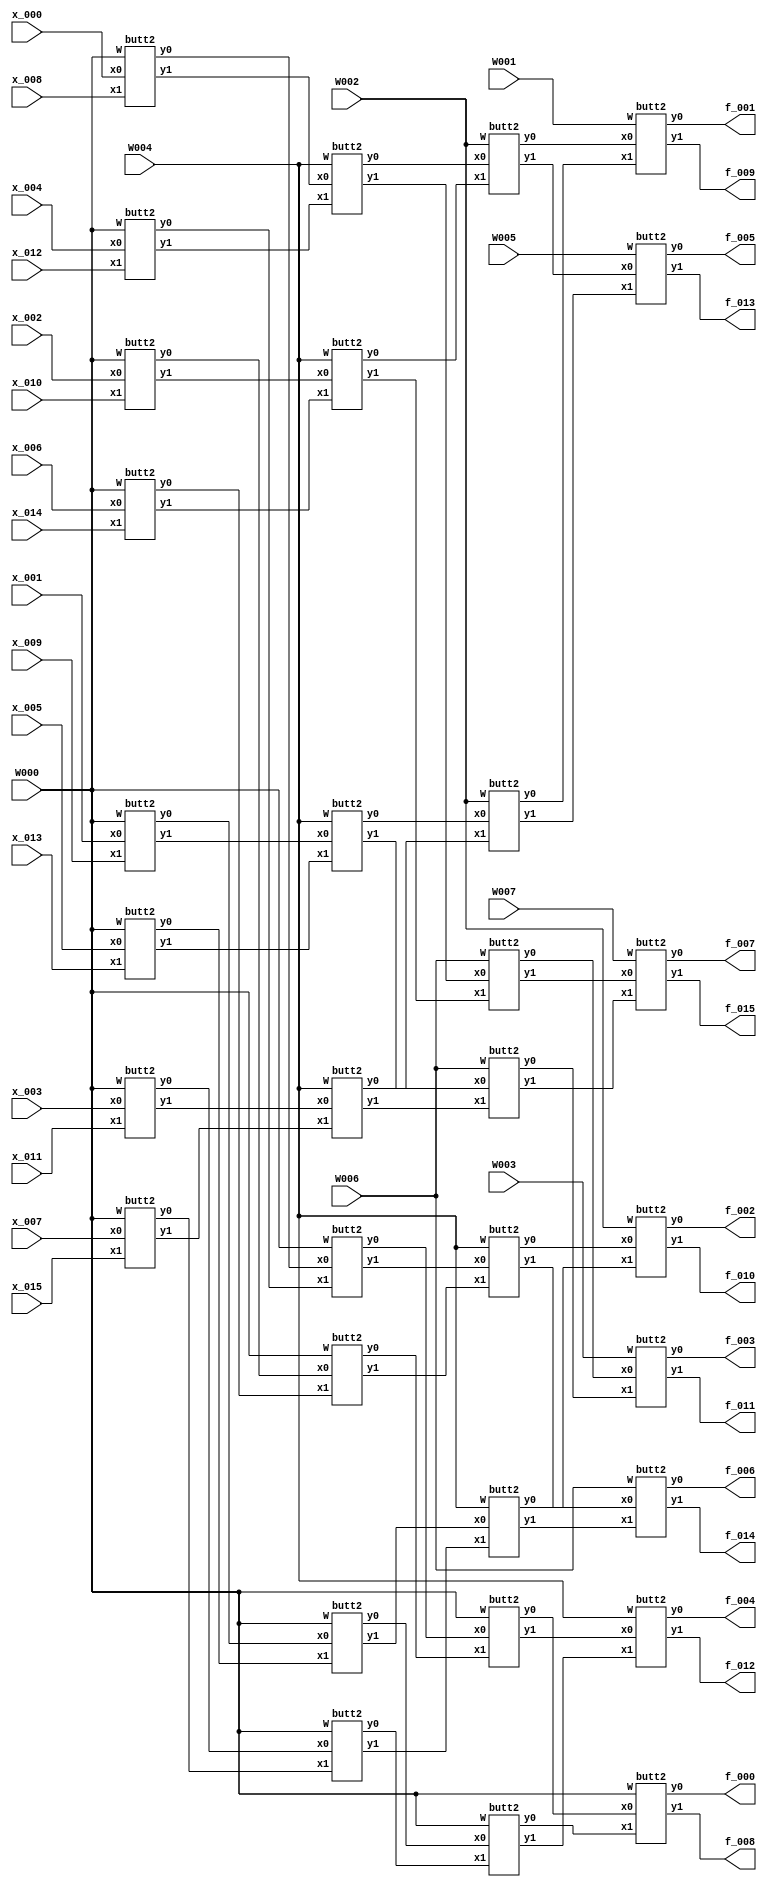
module fft016(
	f_000,f_001,f_002,f_003,f_004,f_005,f_006,f_007,f_008,f_009,
	f_010,f_011,f_012,f_013,f_014,f_015,
	x_000,x_001,x_002,x_003,x_004,x_005,x_006,x_007,x_008,x_009,
	x_010,x_011,x_012,x_013,x_014,x_015,
	W000,W001,W002,W003,W004,W005,W006,W007);
output [31:0] 
	f_000,f_001,f_002,f_003,f_004,f_005,f_006,f_007,f_008,f_009,
	f_010,f_011,f_012,f_013,f_014,f_015;
input [31:0] 
	x_000,x_001,x_002,x_003,x_004,x_005,x_006,x_007,x_008,x_009,
	x_010,x_011,x_012,x_013,x_014,x_015;
input [31:0] 
	W000,W001,W002,W003,W004,W005,W006,W007;
wire [31:0]
	x_00_000,x_00_001,x_00_002,x_00_003,x_00_004,x_00_005,x_00_006,x_00_007,x_00_008,x_00_009,
	x_00_010,x_00_011,x_00_012,x_00_013,x_00_014,x_00_015,
	x_01_000,x_01_001,x_01_002,x_01_003,x_01_004,x_01_005,x_01_006,x_01_007,x_01_008,x_01_009,
	x_01_010,x_01_011,x_01_012,x_01_013,x_01_014,x_01_015,
	x_02_000,x_02_001,x_02_002,x_02_003,x_02_004,x_02_005,x_02_006,x_02_007,x_02_008,x_02_009,
	x_02_010,x_02_011,x_02_012,x_02_013,x_02_014,x_02_015,
	x_03_000,x_03_001,x_03_002,x_03_003,x_03_004,x_03_005,x_03_006,x_03_007,x_03_008,x_03_009,
	x_03_010,x_03_011,x_03_012,x_03_013,x_03_014,x_03_015,
	x_04_000,x_04_001,x_04_002,x_04_003,x_04_004,x_04_005,x_04_006,x_04_007,x_04_008,x_04_009,
	x_04_010,x_04_011,x_04_012,x_04_013,x_04_014,x_04_015;
assign x_00_000 = x_000;
assign x_00_001 = x_001;
assign x_00_002 = x_002;
assign x_00_003 = x_003;
assign x_00_004 = x_004;
assign x_00_005 = x_005;
assign x_00_006 = x_006;
assign x_00_007 = x_007;
assign x_00_008 = x_008;
assign x_00_009 = x_009;
assign x_00_010 = x_010;
assign x_00_011 = x_011;
assign x_00_012 = x_012;
assign x_00_013 = x_013;
assign x_00_014 = x_014;
assign x_00_015 = x_015;
assign x_00_000 = x_000;
assign x_00_001 = x_001;
assign x_00_002 = x_002;
assign x_00_003 = x_003;
assign x_00_004 = x_004;
assign x_00_005 = x_005;
assign x_00_006 = x_006;
assign x_00_007 = x_007;
assign x_00_008 = x_008;
assign x_00_009 = x_009;
assign x_00_010 = x_010;
assign x_00_011 = x_011;
assign x_00_012 = x_012;
assign x_00_013 = x_013;
assign x_00_014 = x_014;
assign x_00_015 = x_015;
butt2 xx_00_000( .x0(x_00_000), .x1(x_00_008), .y0(x_01_000), .y1(x_01_008), .W(W000) );
butt2 xx_00_001( .x0(x_00_004), .x1(x_00_012), .y0(x_01_004), .y1(x_01_012), .W(W000) );
butt2 xx_00_002( .x0(x_00_002), .x1(x_00_010), .y0(x_01_002), .y1(x_01_010), .W(W000) );
butt2 xx_00_003( .x0(x_00_006), .x1(x_00_014), .y0(x_01_006), .y1(x_01_014), .W(W000) );
butt2 xx_00_004( .x0(x_00_001), .x1(x_00_009), .y0(x_01_001), .y1(x_01_009), .W(W000) );
butt2 xx_00_005( .x0(x_00_005), .x1(x_00_013), .y0(x_01_005), .y1(x_01_013), .W(W000) );
butt2 xx_00_006( .x0(x_00_003), .x1(x_00_011), .y0(x_01_003), .y1(x_01_011), .W(W000) );
butt2 xx_00_007( .x0(x_00_007), .x1(x_00_015), .y0(x_01_007), .y1(x_01_015), .W(W000) );
butt2 xx_01_000( .x0(x_01_000), .x1(x_01_004), .y0(x_02_000), .y1(x_02_004), .W(W000) );
butt2 xx_01_001( .x0(x_01_008), .x1(x_01_012), .y0(x_02_008), .y1(x_02_012), .W(W004) );
butt2 xx_01_002( .x0(x_01_002), .x1(x_01_006), .y0(x_02_002), .y1(x_02_006), .W(W000) );
butt2 xx_01_003( .x0(x_01_010), .x1(x_01_014), .y0(x_02_010), .y1(x_02_014), .W(W004) );
butt2 xx_01_004( .x0(x_01_001), .x1(x_01_005), .y0(x_02_001), .y1(x_02_005), .W(W000) );
butt2 xx_01_005( .x0(x_01_009), .x1(x_01_013), .y0(x_02_009), .y1(x_02_013), .W(W004) );
butt2 xx_01_006( .x0(x_01_003), .x1(x_01_007), .y0(x_02_003), .y1(x_02_007), .W(W000) );
butt2 xx_01_007( .x0(x_01_011), .x1(x_01_015), .y0(x_02_011), .y1(x_02_015), .W(W004) );
butt2 xx_02_000( .x0(x_02_000), .x1(x_02_002), .y0(x_03_000), .y1(x_03_002), .W(W000) );
butt2 xx_02_001( .x0(x_02_008), .x1(x_02_010), .y0(x_03_008), .y1(x_03_010), .W(W002) );
butt2 xx_02_002( .x0(x_02_004), .x1(x_02_006), .y0(x_03_004), .y1(x_03_006), .W(W004) );
butt2 xx_02_003( .x0(x_02_012), .x1(x_02_014), .y0(x_03_012), .y1(x_03_014), .W(W006) );
butt2 xx_02_004( .x0(x_02_001), .x1(x_02_003), .y0(x_03_001), .y1(x_03_003), .W(W000) );
butt2 xx_02_005( .x0(x_02_009), .x1(x_02_011), .y0(x_03_009), .y1(x_03_011), .W(W002) );
butt2 xx_02_006( .x0(x_02_005), .x1(x_02_007), .y0(x_03_005), .y1(x_03_007), .W(W004) );
butt2 xx_02_007( .x0(x_02_013), .x1(x_02_015), .y0(x_03_013), .y1(x_03_015), .W(W006) );
butt2 xx_03_000( .x0(x_03_000), .x1(x_03_001), .y0(x_04_000), .y1(x_04_001), .W(W000) );
assign f_000 = x_04_000;
assign f_008 = x_04_001;
butt2 xx_03_001( .x0(x_03_008), .x1(x_03_009), .y0(x_04_008), .y1(x_04_009), .W(W001) );
assign f_001 = x_04_008;
assign f_009 = x_04_009;
butt2 xx_03_002( .x0(x_03_004), .x1(x_03_005), .y0(x_04_004), .y1(x_04_005), .W(W002) );
assign f_002 = x_04_004;
assign f_010 = x_04_005;
butt2 xx_03_003( .x0(x_03_012), .x1(x_03_013), .y0(x_04_012), .y1(x_04_013), .W(W003) );
assign f_003 = x_04_012;
assign f_011 = x_04_013;
butt2 xx_03_004( .x0(x_03_002), .x1(x_03_003), .y0(x_04_002), .y1(x_04_003), .W(W004) );
assign f_004 = x_04_002;
assign f_012 = x_04_003;
butt2 xx_03_005( .x0(x_03_010), .x1(x_03_011), .y0(x_04_010), .y1(x_04_011), .W(W005) );
assign f_005 = x_04_010;
assign f_013 = x_04_011;
butt2 xx_03_006( .x0(x_03_006), .x1(x_03_007), .y0(x_04_006), .y1(x_04_007), .W(W006) );
assign f_006 = x_04_006;
assign f_014 = x_04_007;
butt2 xx_03_007( .x0(x_03_014), .x1(x_03_015), .y0(x_04_014), .y1(x_04_015), .W(W007) );
assign f_007 = x_04_014;
assign f_015 = x_04_015;
endmodule
////////////////////////////////////////////////////////////////////////////////////////////////
////////////////////////////////////////////////////////////////////////////////////////////////
module butt2(y0,y1,x0,x1,W);
  input [31:0] x0,x1,W;
  output[31:0] y0,y1;

  wire [31:0] x11;
  
  assign x11 = mulc(x1, W);
  assign y0 = addc( x0, x11 );
  assign y1 = subc( x0, x11 );
  
  function [31:0] addc;
    input [31:0] a, b;
    reg [15:0] yr, yi;
    begin
      yr = a[31:16] + b[31:16];
      yi = a[15:0] + b[15:0];
      addc = {yr, yi};
    end
  endfunction
  function [31:0] subc;
    input [31:0] a, b;
    reg [15:0] yr, yi;
    begin
      yr = a[31:16] - b[31:16];
      yi = a[15:0] - b[15:0];
      subc = {yr, yi};
    end
  endfunction
//  function [31:0] mulc;
//    input [31:0] a, b;
//    reg [15:0] yr, yi;
//    begin
//      yr = a[31:16]*b[31:16] - a[15:0]*b[15:0];
//      yi = a[15:0]*b[31:16] + a[31:16]*b[15:0];
//      mulc = {yr, yi};
//    end
//  endfunction
  function [31:0] mulc;
    input [31:0] a, b;
    reg [31:0] yr1, yr2, yi1, yi2;
    reg [15:0] ar, ai, br, bi, yyr1, yyr2, yyi1, yyi2, yr, yi;
    begin
        if( a[31] == 0 ) ar = a[31:16]; else ar = ~(a[31:16]-1);
        if( a[15] == 0 ) ai = a[15:0]; else ai = ~(a[15:0]-1);
        if( b[31] == 0 ) br = b[31:16]; else br = ~(b[31:16]-1);
        if( b[15] == 0 ) bi = b[15:0]; else bi = ~(b[15:0]-1);


        yr1 = ar * br;
        yr2 = ai * bi;

        yi1 = ar * bi;
        yi2 = ai * br;

        if( (a[31]^b[31])==0 ) yyr1 = yr1[26:11]; else yyr1 = ~yr1[26:11] + 1;
        if( (a[15]^b[15])==0 ) yyr2 = yr2[26:11]; else yyr2 = ~yr2[26:11] + 1;
        yr = yyr1 - yyr2;       

        if( (a[31]^b[15])==0 ) yyi1 = yi1[26:11]; else yyi1 = ~yi1[26:11] + 1;
        if( (a[15]^b[31])==0 ) yyi2 = yi2[26:11]; else yyi2 = ~yi2[26:11] + 1;
        yi = yyi1 + yyi2;       

      mulc = {yr, yi};
    end
  endfunction
endmodule
////////////////////////////////////////////////////////////////////////////////////////////////
////////////////////////////////////////////////////////////////////////////////////////////////
module top;
wire [31:0] 
	f_000,f_001,f_002,f_003,f_004,f_005,f_006,f_007,f_008,f_009,
	f_010,f_011,f_012,f_013,f_014,f_015;
reg [31:0] 
	x_000,x_001,x_002,x_003,x_004,x_005,x_006,x_007,x_008,x_009,
	x_010,x_011,x_012,x_013,x_014,x_015;
reg [31:0] 
	W000,W001,W002,W003,W004,W005,W006,W007;
fft016 f(
	f_000,f_001,f_002,f_003,f_004,f_005,f_006,f_007,f_008,f_009,
	f_010,f_011,f_012,f_013,f_014,f_015,
	x_000,x_001,x_002,x_003,x_004,x_005,x_006,x_007,x_008,x_009,
	x_010,x_011,x_012,x_013,x_014,x_015,
	W000,W001,W002,W003,W004,W005,W006,W007);
initial begin
  $dumpfile("fft.vcd");
  $dumpvars;
W000 = { 16'b 0000100000000000, 16'b 0000000000000000 };
W001 = { 16'b 0000011101100100, 16'b 1111110011110001 };
W002 = { 16'b 0000010110101000, 16'b 1111101001011000 };
W003 = { 16'b 0000001100001111, 16'b 1111100010011100 };
W004 = { 16'b 0000000000000000, 16'b 1111100000000001 };
W005 = { 16'b 1111110011110001, 16'b 1111100010011100 };
W006 = { 16'b 1111101001011000, 16'b 1111101001011000 };
W007 = { 16'b 1111100010011100, 16'b 1111110011110001 };
#100
////////
x_000 = { 16'b 0000000000000000, 16'b 0000000000000000 };	//   0.000,  0.000
x_001 = { 16'b 0000001111111010, 16'b 0000000000000000 };	//   0.497,  0.000
x_002 = { 16'b 0000011101011010, 16'b 0000000000000000 };	//   0.919,  0.000
x_003 = { 16'b 0000100110011011, 16'b 0000000000000000 };	//   1.201,  0.000
x_004 = { 16'b 0000101001100110, 16'b 0000000000000000 };	//   1.300,  0.000
x_005 = { 16'b 0000100110011011, 16'b 0000000000000000 };	//   1.201,  0.000
x_006 = { 16'b 0000011101011010, 16'b 0000000000000000 };	//   0.919,  0.000
x_007 = { 16'b 0000001111111010, 16'b 0000000000000000 };	//   0.497,  0.000
x_008 = { 16'b 0000000000000000, 16'b 0000000000000000 };	//   0.000,  0.000
x_009 = { 16'b 1111110000000110, 16'b 0000000000000000 };	//  -0.497,  0.000
x_010 = { 16'b 1111100010100110, 16'b 0000000000000000 };	//  -0.919,  0.000
x_011 = { 16'b 1111011001100101, 16'b 0000000000000000 };	//  -1.201,  0.000
x_012 = { 16'b 1111010110011010, 16'b 0000000000000000 };	//  -1.300,  0.000
x_013 = { 16'b 1111011001100101, 16'b 0000000000000000 };	//  -1.201,  0.000
x_014 = { 16'b 1111100010100110, 16'b 0000000000000000 };	//  -0.919,  0.000
x_015 = { 16'b 1111110000000110, 16'b 0000000000000000 };	//  -0.497,  0.000
#100
$display( "f_000=%h", f_000);
$display( "f_001=%h", f_001);
$display( "f_002=%h", f_002);
$display( "f_003=%h", f_003);
$display( "f_004=%h", f_004);
$display( "f_005=%h", f_005);
$display( "f_006=%h", f_006);
$display( "f_007=%h", f_007);
$display( "f_008=%h", f_008);
$display( "f_009=%h", f_009);
$display( "f_010=%h", f_010);
$display( "f_011=%h", f_011);
$display( "f_012=%h", f_012);
$display( "f_013=%h", f_013);
$display( "f_014=%h", f_014);
$display( "f_015=%h", f_015);
#100
////////
x_000 = { 16'b 0000000000000000, 16'b 0000000000000000 };	//   0.000,  0.000
x_001 = { 16'b 0000011101011010, 16'b 0000000000000000 };	//   0.919,  0.000
x_002 = { 16'b 0000101001100110, 16'b 0000000000000000 };	//   1.300,  0.000
x_003 = { 16'b 0000011101011010, 16'b 0000000000000000 };	//   0.919,  0.000
x_004 = { 16'b 0000000000000000, 16'b 0000000000000000 };	//   0.000,  0.000
x_005 = { 16'b 1111100010100110, 16'b 0000000000000000 };	//  -0.919,  0.000
x_006 = { 16'b 1111010110011010, 16'b 0000000000000000 };	//  -1.300,  0.000
x_007 = { 16'b 1111100010100110, 16'b 0000000000000000 };	//  -0.919,  0.000
x_008 = { 16'b 0000000000000000, 16'b 0000000000000000 };	//  -0.000,  0.000
x_009 = { 16'b 0000011101011010, 16'b 0000000000000000 };	//   0.919,  0.000
x_010 = { 16'b 0000101001100110, 16'b 0000000000000000 };	//   1.300,  0.000
x_011 = { 16'b 0000011101011010, 16'b 0000000000000000 };	//   0.919,  0.000
x_012 = { 16'b 0000000000000000, 16'b 0000000000000000 };	//   0.000,  0.000
x_013 = { 16'b 1111100010100110, 16'b 0000000000000000 };	//  -0.919,  0.000
x_014 = { 16'b 1111010110011010, 16'b 0000000000000000 };	//  -1.300,  0.000
x_015 = { 16'b 1111100010100110, 16'b 0000000000000000 };	//  -0.919,  0.000
#100
$display( "f_000=%h", f_000);
$display( "f_001=%h", f_001);
$display( "f_002=%h", f_002);
$display( "f_003=%h", f_003);
$display( "f_004=%h", f_004);
$display( "f_005=%h", f_005);
$display( "f_006=%h", f_006);
$display( "f_007=%h", f_007);
$display( "f_008=%h", f_008);
$display( "f_009=%h", f_009);
$display( "f_010=%h", f_010);
$display( "f_011=%h", f_011);
$display( "f_012=%h", f_012);
$display( "f_013=%h", f_013);
$display( "f_014=%h", f_014);
$display( "f_015=%h", f_015);
#100
////////
x_000 = { 16'b 0000000000000000, 16'b 0000000000000000 };	//   0.000,  0.000
x_001 = { 16'b 0000100110011011, 16'b 0000000000000000 };	//   1.201,  0.000
x_002 = { 16'b 0000011101011010, 16'b 0000000000000000 };	//   0.919,  0.000
x_003 = { 16'b 1111110000000110, 16'b 0000000000000000 };	//  -0.497,  0.000
x_004 = { 16'b 1111010110011010, 16'b 0000000000000000 };	//  -1.300,  0.000
x_005 = { 16'b 1111110000000110, 16'b 0000000000000000 };	//  -0.497,  0.000
x_006 = { 16'b 0000011101011010, 16'b 0000000000000000 };	//   0.919,  0.000
x_007 = { 16'b 0000100110011011, 16'b 0000000000000000 };	//   1.201,  0.000
x_008 = { 16'b 0000000000000000, 16'b 0000000000000000 };	//   0.000,  0.000
x_009 = { 16'b 1111011001100101, 16'b 0000000000000000 };	//  -1.201,  0.000
x_010 = { 16'b 1111100010100110, 16'b 0000000000000000 };	//  -0.919,  0.000
x_011 = { 16'b 0000001111111010, 16'b 0000000000000000 };	//   0.497,  0.000
x_012 = { 16'b 0000101001100110, 16'b 0000000000000000 };	//   1.300,  0.000
x_013 = { 16'b 0000001111111010, 16'b 0000000000000000 };	//   0.497,  0.000
x_014 = { 16'b 1111100010100110, 16'b 0000000000000000 };	//  -0.919,  0.000
x_015 = { 16'b 1111011001100101, 16'b 0000000000000000 };	//  -1.201,  0.000
#100
$display( "f_000=%h", f_000);
$display( "f_001=%h", f_001);
$display( "f_002=%h", f_002);
$display( "f_003=%h", f_003);
$display( "f_004=%h", f_004);
$display( "f_005=%h", f_005);
$display( "f_006=%h", f_006);
$display( "f_007=%h", f_007);
$display( "f_008=%h", f_008);
$display( "f_009=%h", f_009);
$display( "f_010=%h", f_010);
$display( "f_011=%h", f_011);
$display( "f_012=%h", f_012);
$display( "f_013=%h", f_013);
$display( "f_014=%h", f_014);
$display( "f_015=%h", f_015);
#100
////////
x_000 = { 16'b 0000000000000000, 16'b 0000000000000000 };	//   0.000,  0.000
x_001 = { 16'b 0000101001100110, 16'b 0000000000000000 };	//   1.300,  0.000
x_002 = { 16'b 0000000000000000, 16'b 0000000000000000 };	//   0.000,  0.000
x_003 = { 16'b 1111010110011010, 16'b 0000000000000000 };	//  -1.300,  0.000
x_004 = { 16'b 0000000000000000, 16'b 0000000000000000 };	//  -0.000,  0.000
x_005 = { 16'b 0000101001100110, 16'b 0000000000000000 };	//   1.300,  0.000
x_006 = { 16'b 0000000000000000, 16'b 0000000000000000 };	//   0.000,  0.000
x_007 = { 16'b 1111010110011010, 16'b 0000000000000000 };	//  -1.300,  0.000
x_008 = { 16'b 0000000000000000, 16'b 0000000000000000 };	//  -0.000,  0.000
x_009 = { 16'b 0000101001100110, 16'b 0000000000000000 };	//   1.300,  0.000
x_010 = { 16'b 0000000000000000, 16'b 0000000000000000 };	//   0.000,  0.000
x_011 = { 16'b 1111010110011010, 16'b 0000000000000000 };	//  -1.300,  0.000
x_012 = { 16'b 0000000000000000, 16'b 0000000000000000 };	//  -0.000,  0.000
x_013 = { 16'b 0000101001100110, 16'b 0000000000000000 };	//   1.300,  0.000
x_014 = { 16'b 0000000000000000, 16'b 0000000000000000 };	//   0.000,  0.000
x_015 = { 16'b 1111010110011010, 16'b 0000000000000000 };	//  -1.300,  0.000
#100
$display( "f_000=%h", f_000);
$display( "f_001=%h", f_001);
$display( "f_002=%h", f_002);
$display( "f_003=%h", f_003);
$display( "f_004=%h", f_004);
$display( "f_005=%h", f_005);
$display( "f_006=%h", f_006);
$display( "f_007=%h", f_007);
$display( "f_008=%h", f_008);
$display( "f_009=%h", f_009);
$display( "f_010=%h", f_010);
$display( "f_011=%h", f_011);
$display( "f_012=%h", f_012);
$display( "f_013=%h", f_013);
$display( "f_014=%h", f_014);
$display( "f_015=%h", f_015);
#100
$finish;
end
endmodule